Senior Leaving Certificate, 1941, 1941
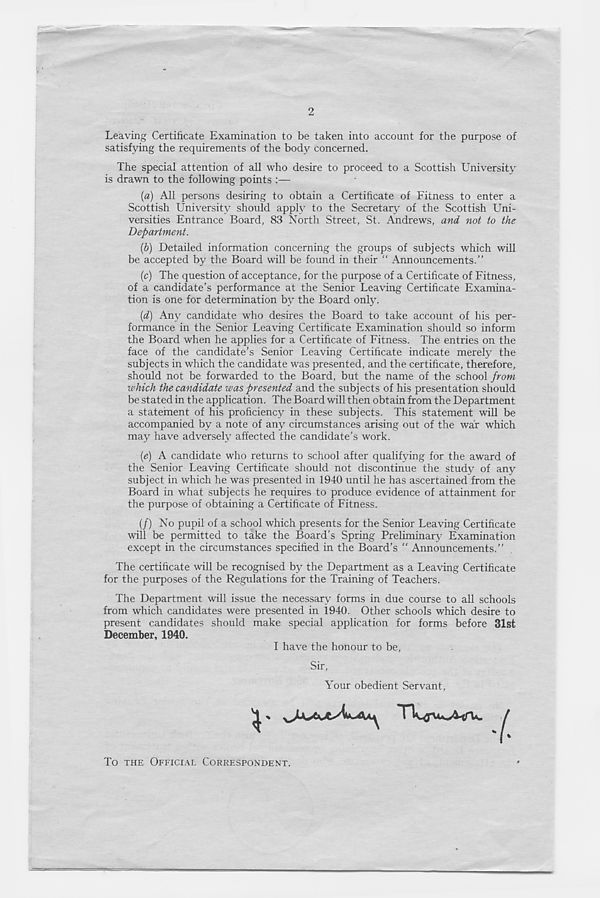
2
Leaving Certificate Examination to be taken into account for the purpose of
satisfying the requirements of the body concerned.
The special attention of all who desire to proceed to a Scottish University
is drawn to the following points :—
{a) All persons desiring to obtain a Certificate of Fitness to enter a
Scottish University should apply to the Secretary of the Scottish Uni-
versities Entrance Board, 83 North Street, St. Andrews, and not to the
Department.
(b) Detailed information concerning the groups of subjects which will
be accepted by the Board will be found in their “ Announcements.”
(c) The question of acceptance, for the purpose of a Certificate of Fitness,
of a candidate’s performance at the Senior Leaving Certificate Examina-
tion is one for determination by the Board only.
{d) Any candidate who desires the Board to take account of his per-
formance in the Senior Leaving Certificate Examination should so inform
the Board when he applies for a Certificate of Fitness. The entries on the
face of the candidate’s Senior Leaving Certificate indicate merely the
subjects in which the candidate was presented, and the certificate, therefore,
should not be forwarded to the Board, but the name of the school from
which the candidate was presented and the subjects of his presentation should
be stated in the application. The Board will then obtain from the Department
a statement of his proficiency in these subjects. This statement will be
accompanied by a note of any circumstances arising out of the war which
may have adversely affected the candidate’s work.
{e) A candidate who returns to school after qualifying for the award of
the Senior Leaving Certificate should not discontinue the study of any
subject in which he was presented in 1940 until he has ascertained from the
Board in what subjects he requires to produce evidence of attainment for
the purpose of obtaining a Certificate of Fitness.
(/) No pupil of a school which presents for the Senior Leaving Certificate
will be permitted to take the Board’s Spring Preliminary Examination
except in the circumstances specified in the Board’s “ Announcements.”
The certificate will be recognised by the Department as a Leaving Certificate
for the purposes of the Regulations for the Training of Teachers.
The Department will issue the necessary forms in due course to all schools
from which candidates were presented in 1940. Other schools which desire to
present candidates should make special application for forms before 31st
December, 1940.
I have the honour to be,
Sir,
Your obedient Servant,
TT^yUs^rU.
To THE OFFICIAL CORRESPONDENT.